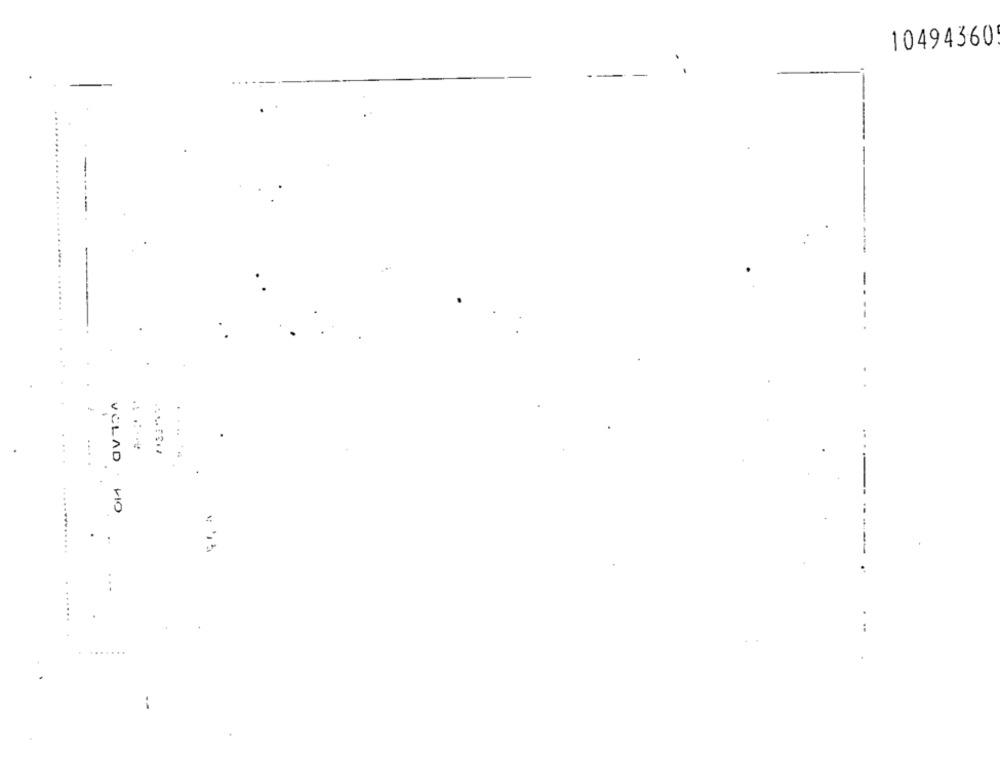
10494360
--
VCLAD
.......
--